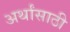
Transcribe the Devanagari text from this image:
अर्थांसाठी